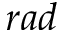
r a d